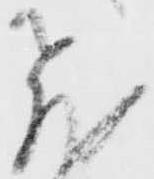
飛